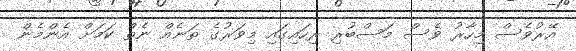
އޭރުވެސް މިހާރު ވެސް މަސްބުރި ރިހައިގައި މިވަރުގެ ތަނެއް ނެތް ކަމަށް އެންމެން